Indian journal of veterinary science and animal husbandry - Volumes 18-21, 1948-1951
Year: 1948
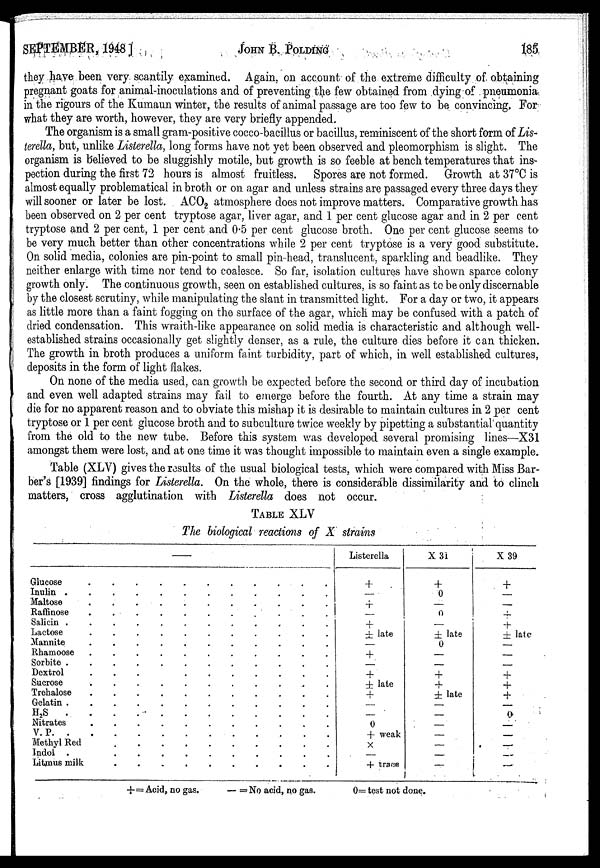
SEPTEMBER, 1948]
JOHN
B.
POLDING
185
they have been very scantily examined. Again, on account of the extreme difficulty of obtaining
pregnant goats for animal-inoculations and of preventing the few obtained from dying of pneumonia
in the rigours of the Kumaun winter, the results of animal passage are too few to be convincing, For
what they are worth, however, they are very briefly appended.
The organism is a small gram-positive cocco-bacillus or bacillus, reminiscent of the short form of Lis-
terella, but, unlike Listerella, long forms have not yet been observed and pleomorphism is slight. The
organism is believed to be sluggishly motile, but growth is so feeble at bench temperatures that ins-
pection during the first 72 hours is almost fruitless. Spores are not formed. Growth at 37°C is
almost equally problematical in broth or on agar and unless strains are passaged every three days they
will sooner or later be lost. ACO 2 atmosphere does not improve matters. Comparative growth has
been observed on 2 per cent tryptose agar, liver agar, and 1 per cent glucose agar and in 2 per cent
tryptose and 2 per cent, 1 per cent and 0.5 per cent glucose broth. One per cent glucose seems to
be very much better than other concentrations while 2 per cent tryptose is a very good substitute.
On solid media, colonies are pin-point to small pin-head, translucent, sparkling and beadlike. They
neither enlarge with time nor tend to coalesce. So far, isolation cultures have shown sparce colony
growth only. The continuous growth, seen on established cultures, is so faint as to be only discernable
by the closest scrutiny, while manipulating the slant in transmitted light. For a day or two, it appears
as little more than a faint fogging on the surface of the agar, which may be confused with a patch of
dried condensation. This wraith-like appearance on solid media is characteristic and although well-
established strains occasionally get slightly denser, as a rule, the culture dies before it can thicken.
The growth in broth produces a uniform faint turbidity, part of which, in well established cultures,
deposits in the form of light flakes.
On none of the media used, can growth be expected before the second or third day of incubation
and even well adapted strains may fail to emerge before the fourth. At any time a strain may
die for no apparent reason and to obviate this mishap it is desirable to maintain cultures in 2 per cent
tryptose or 1 per cent glucose broth and to subculture twice weekly by pipetting a substantial quantity
from the old to the new tube. Before this system was developed several promising lines—X31
amongst them were lost, and at one time it was thought impossible to maintain even a single example.
Table (XLV) gives the results of the usual biological tests, which were compared with Miss Bar-
ber's [1939] findings for Listerella. On the whole, there is considerable dissimilarity and to clinch
matters, cross agglutination with Listerella does not occur.
TABLE XLV
The biological reactions of X strains
—
Glucose . . . . . . . . . . .
Inulin . . . . . . . . . . .
Maltose . . . . . . . . . . .
Raffinose . . . . . . . . . . .
Salicin . . . . . . . . . . .
Lactose . . . . . . . . . . .
Mannite . . . . . . . . . . .
Rhamoose . . . . . . . . . . .
Sorbite . . . . . . . . . . .
Dextrol . . . . . . . . . . .
Sucrose . . . . . . . . . . .
Trehalose . . . . . . . . . . .
Gelatin . . . . . . . . . . .
H 2 S . . . . . . . . . . .
Nitrates . . . . . . . . . . .
V. P. . . . . . . . . . . .
Methyl Red . . . . . . . . . . .
Indol . . . . . . . . . . .
Litmus milk . . . . . . . . . .
Listerella
+
—
+
—
—
± late
—
+
—
+
± late
+
—
—
0
+ weak
×
—
+ trace
X 31
+
0
—
0
—
± late
0
—
—
+
+
± late
—
—
—
—
—
—
—
X 39
+
—
—
+
+
± late
—
—
—
+
+
+
—
0
—
—
—
—
—
+=Acid, no gas.
—=No acid, no gas.
0=test not done.